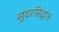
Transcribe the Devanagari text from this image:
सुंदरसिद्धांत